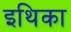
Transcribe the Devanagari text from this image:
इथिका